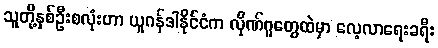
သူတို့နှစ်ဦးစလုံးဟာ ယူဂန်ဒါနိုင်ငံက လိုဏ်ဂူတွေထဲမှာ လေ့လာရေးခရီး